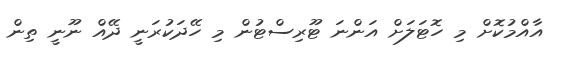
އާއްމުކޮށް މި ހޮޓަލަށް އަންނަ ޓޫރިސްޓުން މި ހޭދަކުރަނީ ދޭއް ނޫނީ ތިން